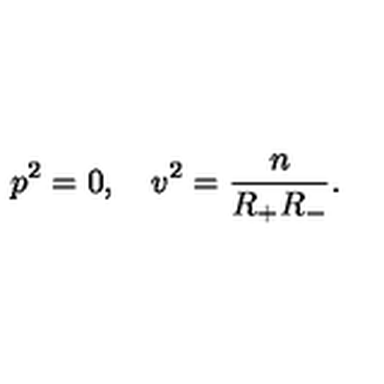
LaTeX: p ^ { 2 } = 0 , \quad v ^ { 2 } = \frac n { R _ { + } R _ { - } } .